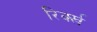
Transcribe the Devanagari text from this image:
रिर्क्ख